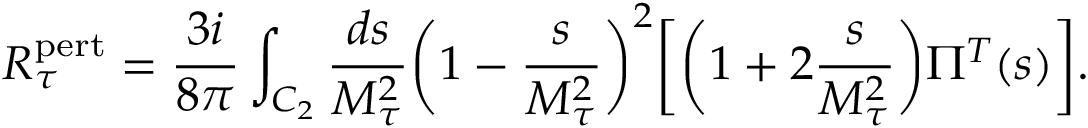
R _ { \tau } ^ { \mathrm { \scriptsize { p e r t } } } = \frac { 3 i } { 8 \pi } \int _ { C _ { 2 } } \frac { d s } { M _ { \tau } ^ { 2 } } \biggl ( 1 - \frac { s } { M _ { \tau } ^ { 2 } } \biggr ) ^ { 2 } \biggl [ \biggl ( 1 + 2 \frac { s } { M _ { \tau } ^ { 2 } } \biggr ) \Pi ^ { T } ( s ) \biggr ] .